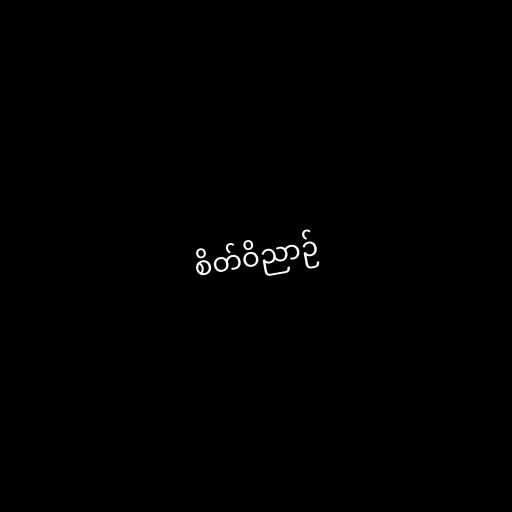
စိတ်ဝိညာဉ်